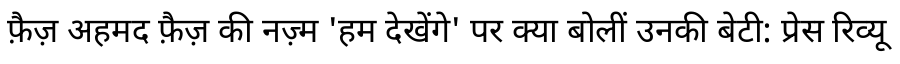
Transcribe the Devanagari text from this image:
फ़ैज़ अहमद फ़ैज़ की नज़्म 'हम देखेंगे' पर क्या बोलीं उनकी बेटी: प्रेस रिव्यू